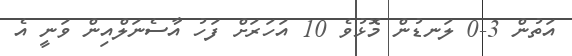
އަތުން 3-0 ލަނޑުން މޮޅުވެ 10 އަހަރަށް ފަހު އާސެނަލްއިން ވަނީ އެ